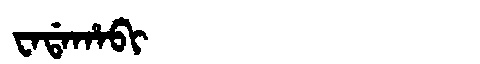
Manchu: ᠸᠠᡩᠠᡥᠠᠪᡳ
Romanization: WADAHABI